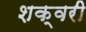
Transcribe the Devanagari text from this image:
शक्वरी